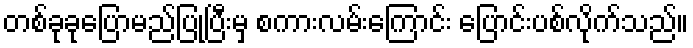
တစ်ခုခုပြောမည်ပြုပြီးမှ စကားလမ်းကြောင်း ပြောင်းပစ်လိုက်သည်။